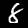
Digit: 8